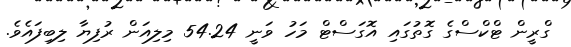
ގްރީން ޓްކްސްގެ ގޮތުގައި އޮގަސްޓް މަހު ވަނީ 54.24 މިލިއަން ރުފިޔާ ލިބިފައެވެ.